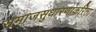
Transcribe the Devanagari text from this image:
समाजसुधारणांकरिता